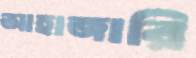
আহাজারি